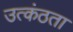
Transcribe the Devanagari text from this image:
उत्कंठता